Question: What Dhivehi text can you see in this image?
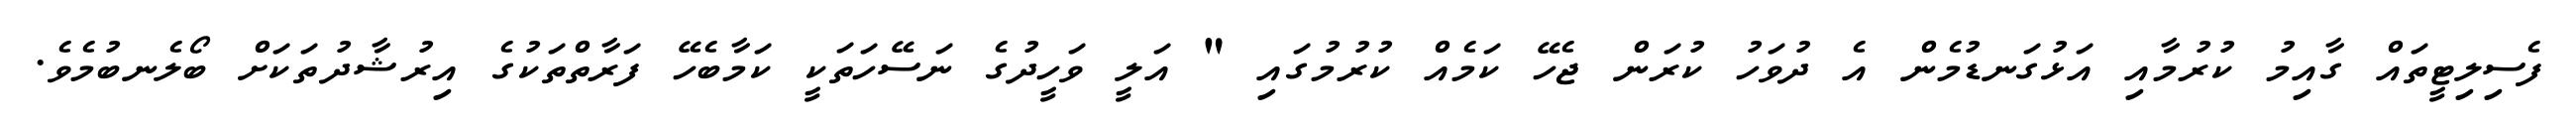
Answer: ފެސިލިޓީތައް ގާއިމު ކުރުމާއި އަޅުގަނޑުމެން އެ ދުވަހު ކުރަން ޖެހޭ ކަމެއް ކުރުމުގައި " އަލީ ވަހީދުގެ ނަސޭހަތަކީ ކަމާބެހޭ ފަރާތްތަކުގެ އިރުޝާދުތަކަށް ބޯލެނބުމެވެ.